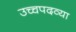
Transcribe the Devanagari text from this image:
उच्चपदव्या